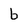
Character: b